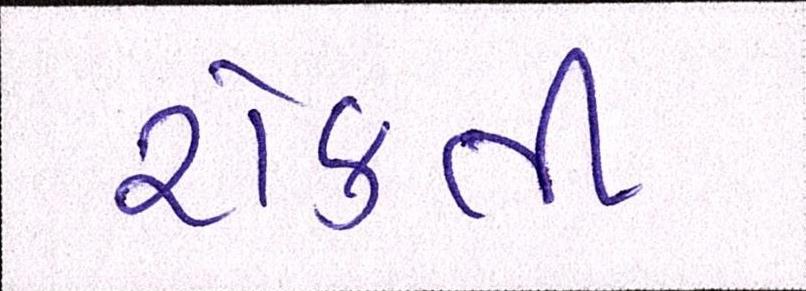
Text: રોકતી